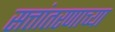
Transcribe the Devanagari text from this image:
सत्तांतरणाच्या